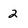
Character: 2